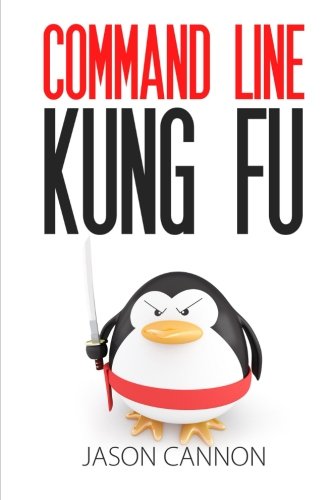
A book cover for Command Line Kung Fu: Bash Scripting Tricks, Linux Shell Programming Tips, and Bash One-liners; Jason Cannon; Computers & Technology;